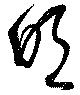
明